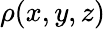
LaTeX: \rho(x,y,z)